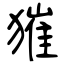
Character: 獕